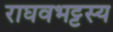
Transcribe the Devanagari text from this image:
राघवभट्टस्य